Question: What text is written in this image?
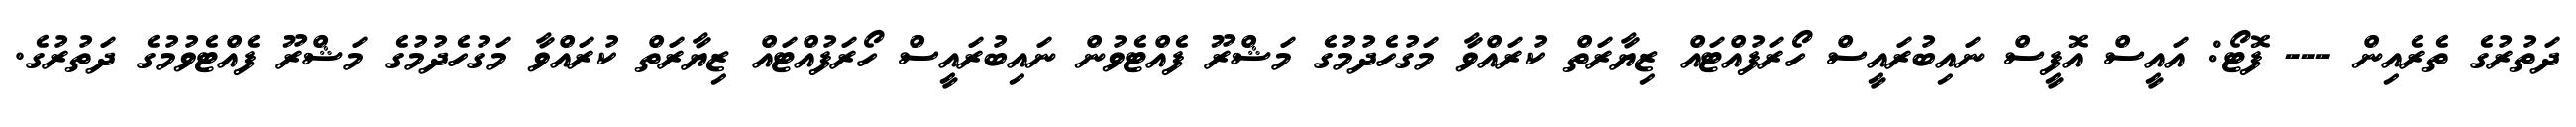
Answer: ދަތުރުގެ ތެރެއިން --- ފޮޓޯ: އައީސް އޮފީސް ނައިބުރައީސް ހޯރަފުއްޓައް ޒިޔާރަތް ކުރައްވާ މަގުހެދުމުގެ މަޝްރޫ ފެއްޓެވުން ނައިބުރައީސް ހޯރަފުއްޓައް ޒިޔާރަތް ކުރައްވާ މަގުހެދުމުގެ މަޝްރޫ ފެއްޓެވުމުގެ ދަތުރުގެ.